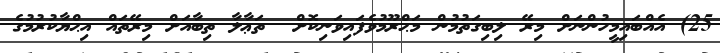
25) އެއްބައިމީހުންނަށް މިރޭ ލިބިގަތުމުން މަޙްރޫމުވެފައިވަނިކޮށް  ތަޢާލާ ތިބާއަށް މިރޭތައް އިޙްޔާކުރުމުގެ